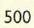
500